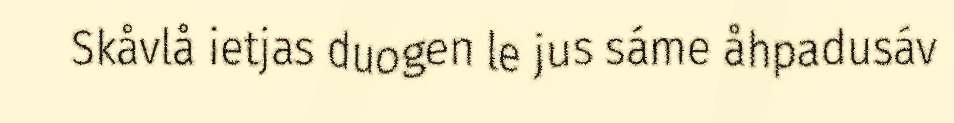
Skåvlå ietjas duogen le jus sáme åhpadusáv